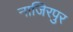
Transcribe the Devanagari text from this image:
नाजिरपुर